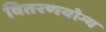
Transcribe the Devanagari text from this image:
वितरणयोग्य